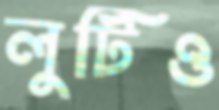
লুটিও